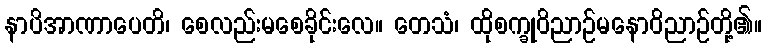
နာပိအာဏာပေတိ၊ စေလည်းမစေခိုင်းလေ။ တေသံ၊ ထိုစက္ခုဝိညာဉ်မနောဝိညာဉ်တို့၏။